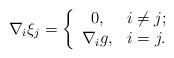
LaTeX: \begin{align*}\nabla_i\xi_j=\left\{\begin{array}{cc}0, & i\ne j; \\ \nabla_i g, & i=j.\end{array}\right.\end{align*}